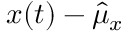
x ( t ) - \hat { \mu } _ { x }